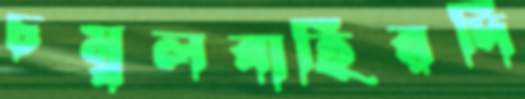
চম্বলবাহিরদি